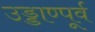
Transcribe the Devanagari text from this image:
उड्डाण्पूर्व